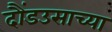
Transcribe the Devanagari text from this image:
दौंडउसाच्या